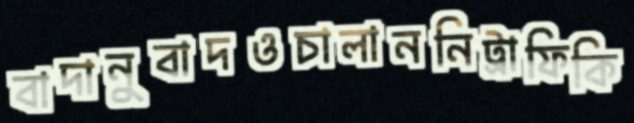
বাদানুবাদওচালাননিট্রাফিকি